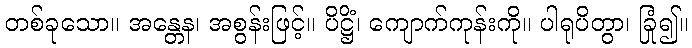
တစ်ခုသော။ အန္တေန၊ အစွန်းဖြင့်။ ပိဋ္ဌိံ၊ ကျောက်ကုန်းကို။ ပါရုပိတွာ၊ ခြုံ၍။